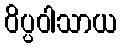
ဝိပ္ပဝါသာယ